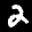
Label: 2